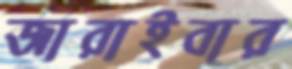
জারাইবার